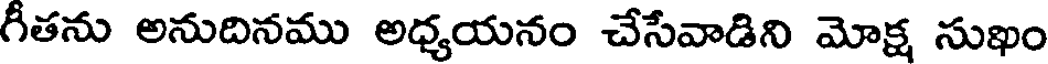
గీతను అనుదినము అధ్యయనం చేసేవాడిని మోక్ష సుఖం